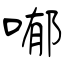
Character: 喐